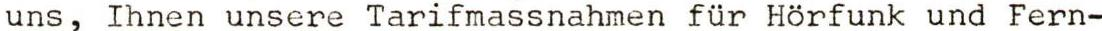
uns, Ihnen unsere Tarifmassnahmen für Hörfunk und Fern-